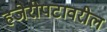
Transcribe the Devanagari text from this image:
हजेरीपटावरील